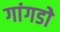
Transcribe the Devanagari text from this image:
गांगडोे